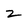
Character: z